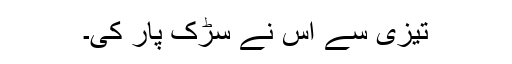
تیزی سے اس نے سڑک پار کی۔